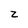
Character: Z